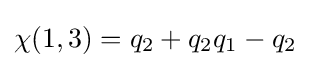
\chi (1,3)=q_{2}+q_{2}q_{1}-q_{2}